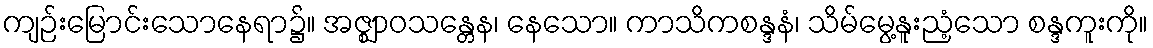
ကျဉ်းမြောင်းသောနေရာ၌။ အဇ္ဈာဝသန္တေန၊ နေသော။ ကာသိကစန္ဒနံ၊ သိမ်မွေ့နူးညံ့သော စန္ဒကူးကို။